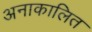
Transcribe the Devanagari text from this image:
अनाकालित